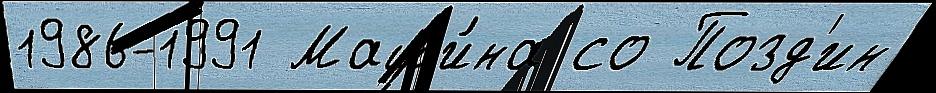
1986-1991 Маши́на со Позд'ин